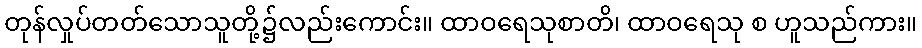
တုန်လှုပ်တတ်သောသူတို့၌လည်းကောင်း။ ထာဝရေသုစာတိ၊ ထာဝရေသု စ ဟူသည်ကား။